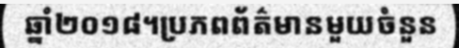
ឆ្នាំ២០១៨។ប្រភពព័ត៌មានមួយចំនួន